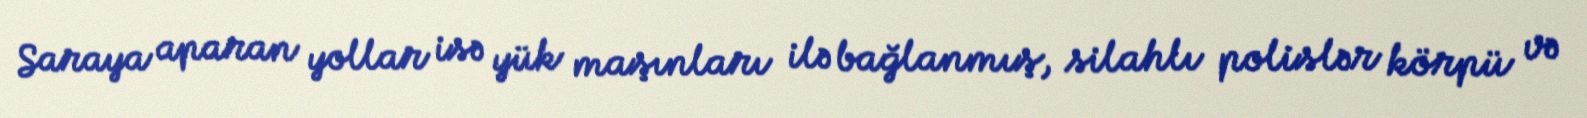
Saraya aparan yollar isə yük maşınları ilə bağlanmış, silahlı polislər körpü və